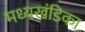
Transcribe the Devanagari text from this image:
मध्यखंडिका